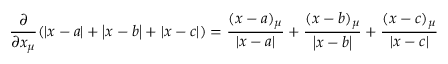
\frac { \partial } { \partial x _ { \mu } } ( \left| x - a \right| + \left| x - b \right| + \left| x - c \right| ) = \frac { ( x - a ) _ { \mu } } { \left| x - a \right| } + \frac { ( x - b ) _ { \mu } } { \left| x - b \right| } + \frac { ( x - c ) _ { \mu } } { \left| x - c \right| }